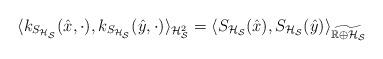
LaTeX: \begin{align*}\langle k_{S_{\mathcal{H}_{\mathcal{S}}}}(\hat x, \cdot), k_{S_{\mathcal{H}_{\mathcal{S}}}}(\hat y,\cdot) \rangle_{\mathcal{H}_{\mathcal{S}}^2} = \langle S_{\mathcal{H}_{\mathcal{S}}}(\hat x), S_{\mathcal{H}_{\mathcal{S}}}( \hat y) \rangle_{\widetilde{\mathbb{R} \oplus \mathcal{H}_{\mathcal{S}}}}\end{align*}